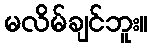
မလိမ်ချင်ဘူး။